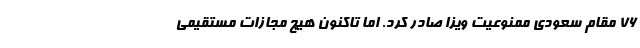
76 مقام سعودی ممنوعیت ویزا صادر کرد. اما تاکنون هیچ مجازات مستقیمی